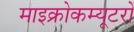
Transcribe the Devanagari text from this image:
माइक्रोकम्यूटरों